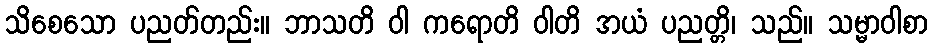
သိစေသော ပညတ်တည်း။ ဘာသတိ ဝါ ကရောတိ ဝါတိ အယံ ပညတ္တိ၊ သည်။ သမ္မာဝါစာ